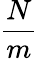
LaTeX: \frac{N}{m}